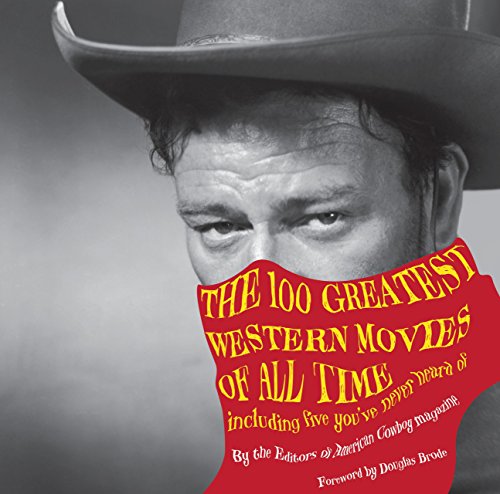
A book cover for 100 Greatest Western Movies of All Time: Including Five You'Ve Never Heard Of; Philip Armour; Humor & Entertainment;